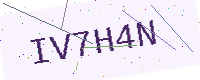
Text: IV7H4N